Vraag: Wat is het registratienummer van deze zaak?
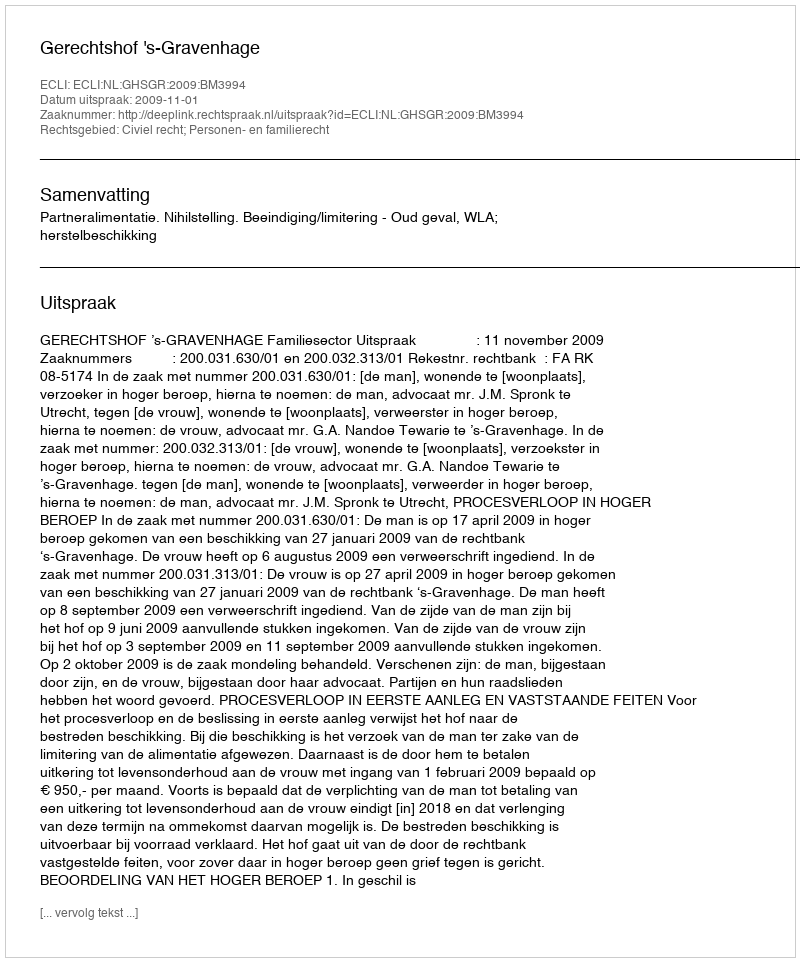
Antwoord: http://deeplink.rechtspraak.nl/uitspraak?id=ECLI:NL:GHSGR:2009:BM3994